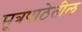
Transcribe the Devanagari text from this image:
सूत्रपाठेतील